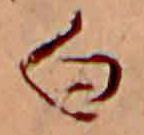
白